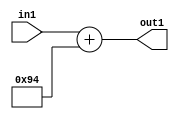
`timescale 1ps / 1ps
/*****************************************************************************
    Verilog RTL Description
    
    
    Created by: Stratus DpOpt 2019.1.01 
*******************************************************************************/

module DC_Filter_Add_12U_263_1 (
	in1,
	out1
	); /* architecture "behavioural" */ 
input [11:0] in1;
output [11:0] out1;
wire [11:0] asc001;

assign asc001 = 
	+(in1)
	+(12'B000010010100);

assign out1 = asc001;
endmodule

/* CADENCE  urnxTw4= : u9/ySgnWtBlWxVPRXgAZ4Og= ** DO NOT EDIT THIS LINE ******/